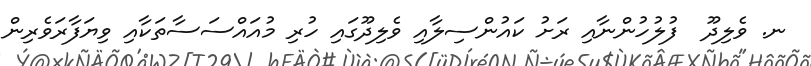
ނ. ވެލިދޫ  ފުލުހުންނާއި ރަށު ކައުންސިލާއި ވެލިދޫގައި ހުރި މުއައްސަސާތަކާއި ވިޔަފާރަވެރިން